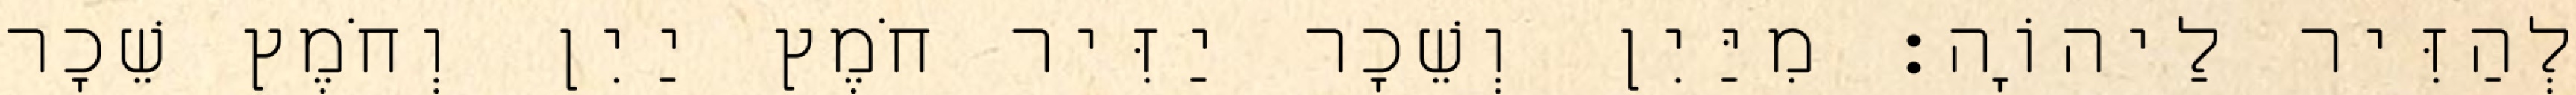
לְהַזִּיר לַיהוָֹה׃ מִיַּיִן וְשֵׁכָר יַזִּיר חֹמֶץ יַיִן וְחֹמֶץ שֵׁכָר